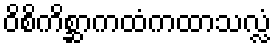
ဝိစိကိစ္ဆာကထံကထာသလ္လံ